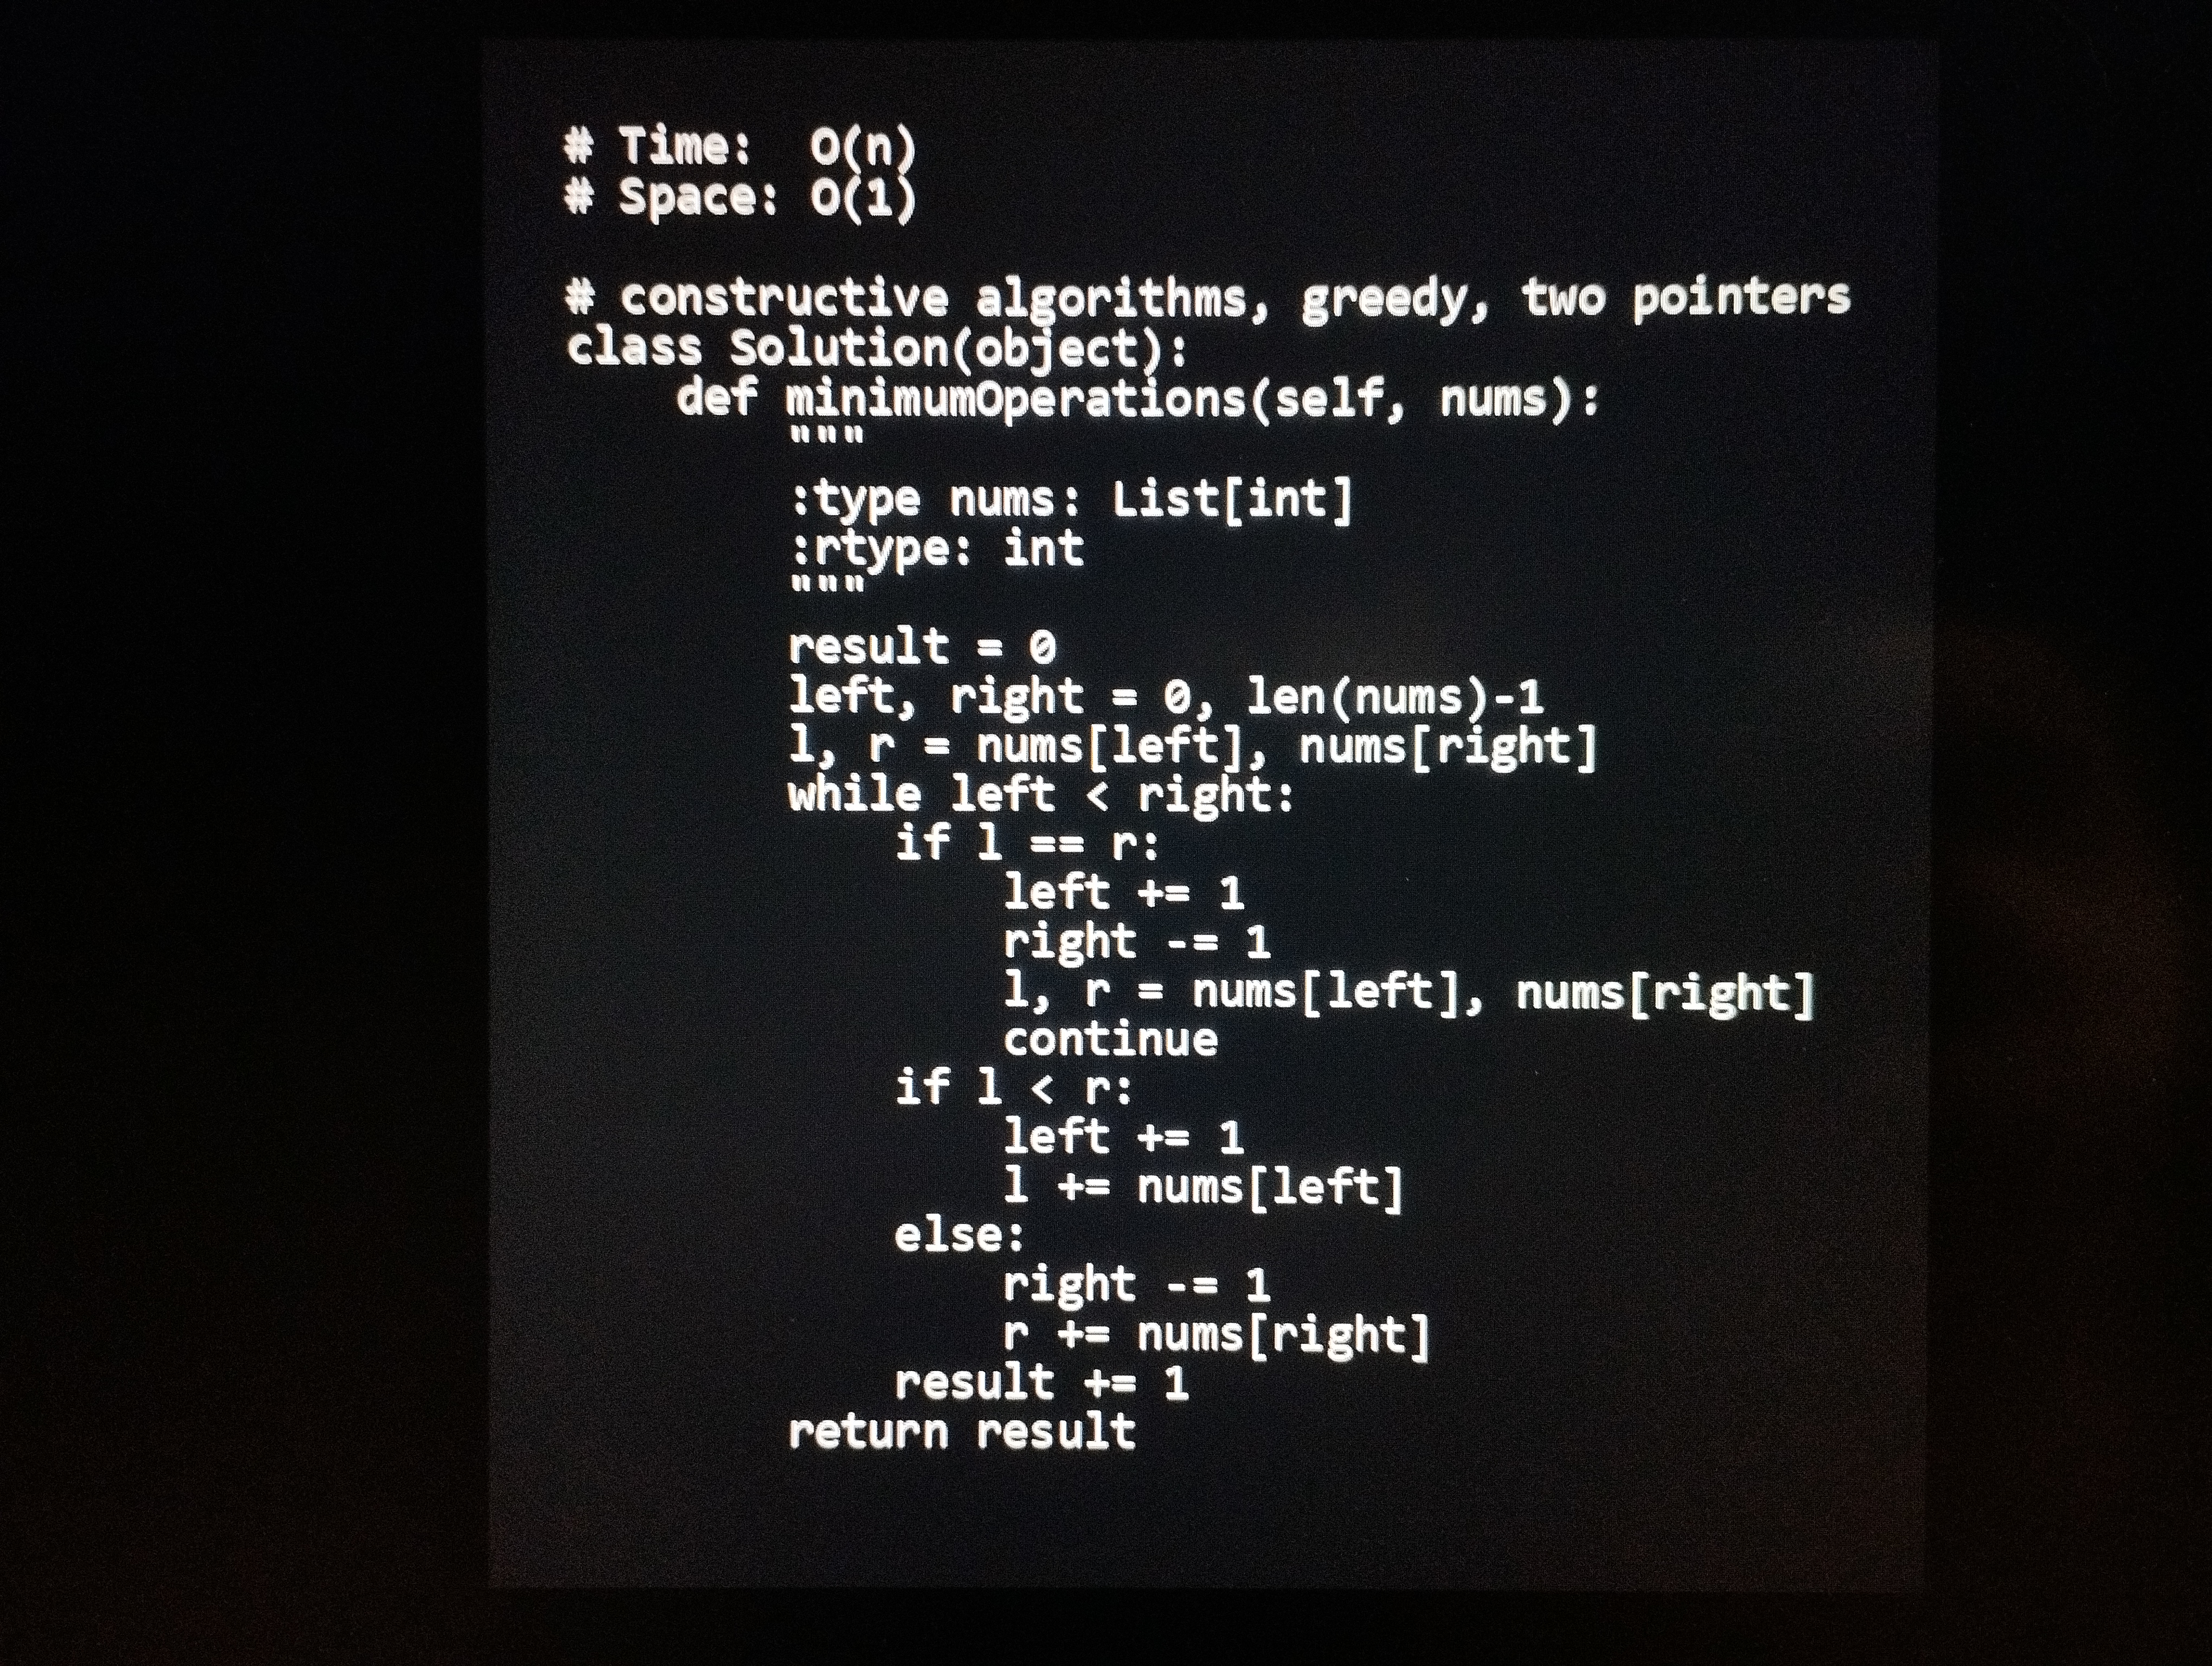
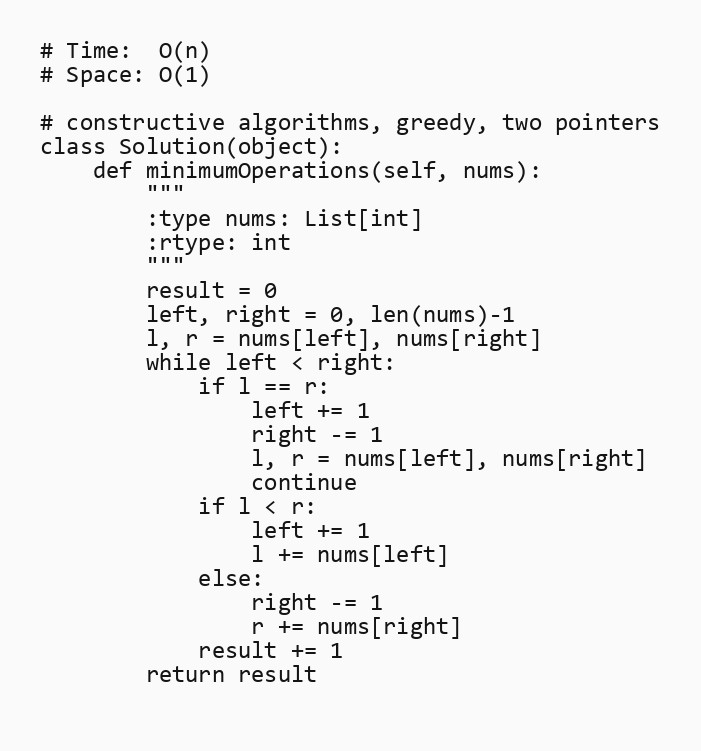
# Time:  O(n)
# Space: O(1)

# constructive algorithms, greedy, two pointers
class Solution(object):
    def minimumOperations(self, nums):
        """
        :type nums: List[int]
        :rtype: int
        """
        result = 0
        left, right = 0, len(nums)-1
        l, r = nums[left], nums[right]
        while left < right:
            if l == r:
                left += 1
                right -= 1
                l, r = nums[left], nums[right]
                continue
            if l < r:
                left += 1
                l += nums[left]
            else:
                right -= 1
                r += nums[right]
            result += 1
        return result